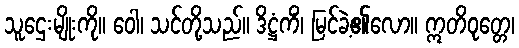
သူဌေးမျိုးကို။ ဝေါ၊ သင်တို့သည်။ ဒိဋ္ဌံကိံ၊ မြင်ခဲ့၏လော။ ဣတိဝုတ္တေ၊